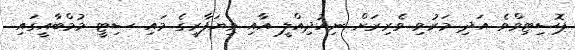
ޕޮސިޓިވްވެ އަދި މަރުވި ވެރިރަށް ނިއުދިއްލީ އާއި ވިޔަފާރީގެ މައި ސިޓީ މުމްބާއީގައި